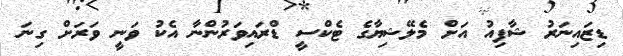
ޑިޒައިނަރު ޝާފިއު އަށް މެލޭޝިޔާގެ ޓެކްސީ ޑްރައިވަރުންނާ އެކު ވަނީ ވަރަށް ގިނަ